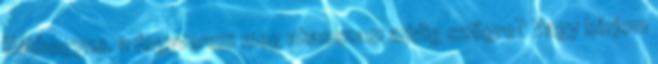
Háthogyne. a fegyverem meg akasszam addig szögre? Vagy kérjem